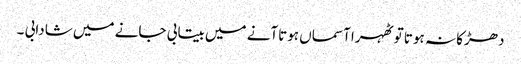
دھڑکا نہ ہوتا تو ٹھہرا آسماں ہوتاآنے میں بیتابی جانے میں شادابی ۔